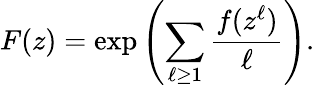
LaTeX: F(z)=\exp\left(\sum_{\ell\geq 1}{\frac{f(z^{\ell})}{\ell}}\right).